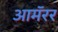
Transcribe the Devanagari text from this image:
आमॅरर